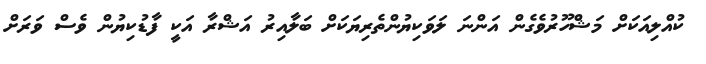
ކުއްލިއަކަށް މަޝްހޫރުވެގެން އަންނަ ލަވަކިޔުންތެރިޔަކަށް ބަލާއިރު އަޝްރާ އަކީ ފާޑުކިޔުން ވެސް ވަރަށް